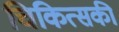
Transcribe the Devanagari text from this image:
चिकित्सकी